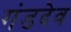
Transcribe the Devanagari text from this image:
गंडदेव